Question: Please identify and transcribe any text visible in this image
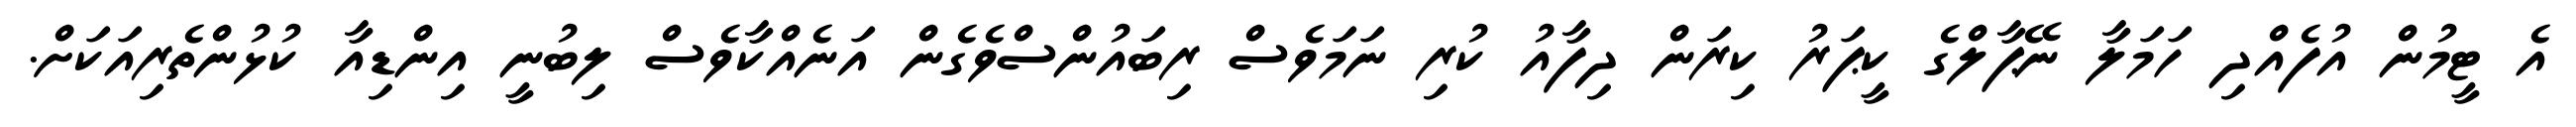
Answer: އެ ޓީމުން އުފެއްދި ހަމަލާ ނޭޕާލްގެ ކީޕަރު ކިރަން ދިފާއު ކުރި ނަމަވެސް ރިބައުންސްވެގެން އަނެއްކާވެސް ލިބުނީ އިންޑިއާ ކުޅުންތެރިއަކަށް.